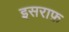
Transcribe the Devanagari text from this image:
इसराफ़